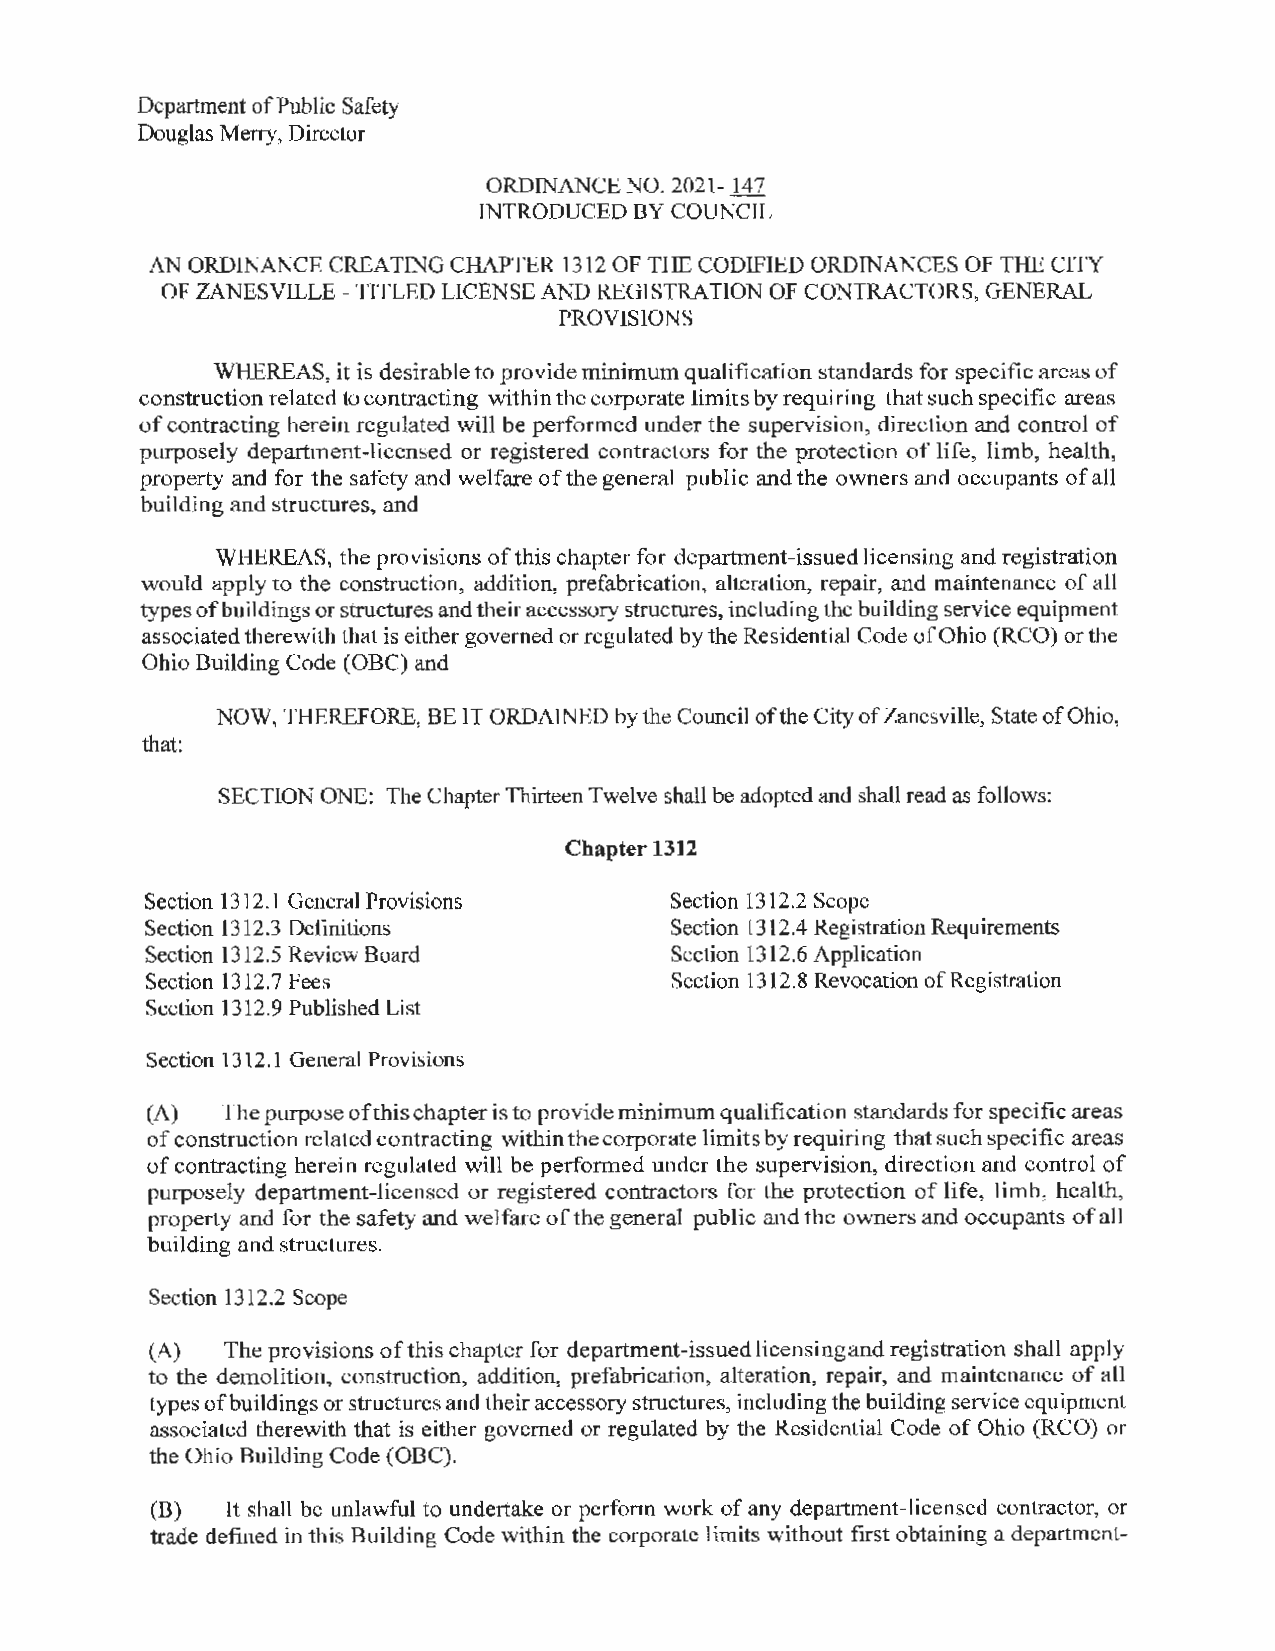
Department of Public Safety
 Douglas Merry, Director
 ORDINANCE NO. 2021- 147
 INTRODUCEDBYCOUNC~
 AN ORDINANCE CREATING CHAPTER 1312 OF THE CODIFIED ORDINANCES OF THE CITY
 OF ZANESVILLE -TITLED LICENSE AND REGISTRATION OF CONTRACTORS, GENERAL
 PROVISIONS
 WHEREAS, it is desirable to provide minimum qualification standards for specific areas of
 construction related to contracting within the corporate limits by requiring that such specific areas
 of contracting herein regulated will be performed under the supervision, direction and control of
 purposely department-licensed or registered contractors for the protection of life, limb, health,
 property and for the safety and welfare of the general public and the owners and occupants of all
 building and structures, and
 WHEREAS, the provisions of this chapter for department-issued licensing and registration
 would apply to the construction, addition, prefabrication, alteration, repair, and maintenance of all
 types of buildings or structures and their accessory structures, including the building service equipment
 associated therewith that is either governed or regulated by the Residential Code of Ohio (RCO) or the
 Ohio Building Code (OBC) and
 NOW, THEREFORE, BE IT ORDAINED by the Council of the City of Zanesville, State of Ohio,
 that:
 SECTION ONE: The Chapter Thirteen Twelve shall be adopted and shall read as follows:
 Chapter 1312
 Section 1312.1 General Provisions Section 1312.2 Scope
 Section 1312.3 Definitions        Section 1312.4 Registration Requirements
 Section 1312.5 Review Board       Section 1312.6 Application
 Section 1312.?Fees                Section 1312.8 Revocation of Registration
 Section 1312.9 Published List
 Section 1312.1 General Provisions
 (A) The purpose ofthischapter is to provide minimum qualification standards for specific areas
 of construction related contracting within the corporate I imits by requiring that such specific areas
 of contracting herein regulated will be performed under the supervision, direction and control of
 purposely department-licensed or registered contractors for the protection of life, limb, health,
 property and for the safety and welfare of the general public and the owners and occupants of all
 building and structures.
 Section 1312.2 Scope
 (A)  The provisions of this chapter for department-issued licensing and registration shall apply
 to the demolition, construction, addition, prefabrication, alteration, repair, and maintenance of al I
 types of buildings or structures and their accessory structures, including the building service equipment
 associated therewith that is either governed or regulated by the Residential Code of Ohio (RCO) or
 the Ohio Building Code (OBC).
 (B)  lt shall be unlawful to undertake or perform work of any department-licensed contractor, or
 trade defined in this Building Code within the corporate limits without first obtaining a department-